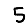
Digit: 5